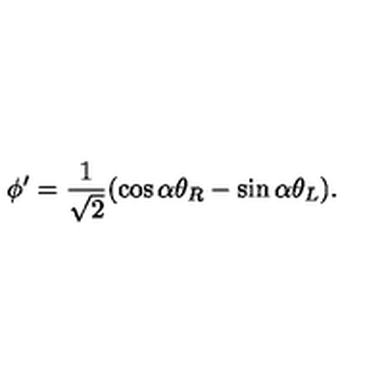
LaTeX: \phi ^ { \prime } = \frac { 1 } { \sqrt { 2 } } ( \cos \alpha \theta _ { R } - \sin \alpha \theta _ { L } ) .